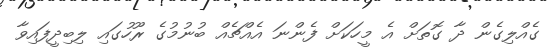
ގެއްލިގެން ދާ ގޮތަށް އެ މީހަކަށް ފެންނަ އެއްޗެއް ބުނުމުގެ ރޫހުގައި ލިބިދީފައިވާ